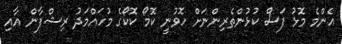
އެންމެ މޮޅު ފަސް ކުޅުންތެރިންނަށް ހޮވުނީ ކޮމޯ ކޮކޯގެ މުހައްމަދު ރިޝްފާން އާއި